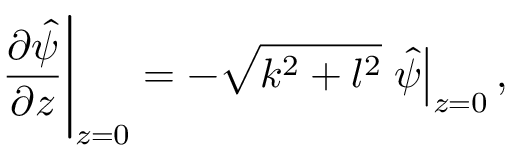
\left. \frac { \partial \hat { \psi } } { \partial z } \right| _ { z = 0 } = - \sqrt { k ^ { 2 } + l ^ { 2 } } \left. \hat { \psi } \right| _ { z = 0 } ,